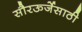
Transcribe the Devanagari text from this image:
सौरऊर्जेसाठी